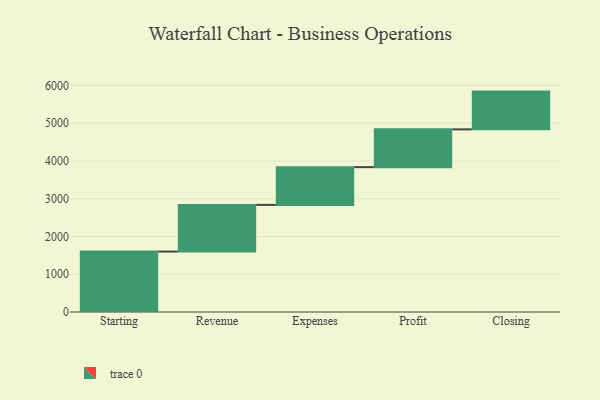
{"axis": {"x": "Step", "y": "Value"}, "legend": [""], "data": [{"x": "Starting", "y": 1600.0, "type": ""}, {"x": "Revenue", "y": 1236.0, "type": ""}, {"x": "Expenses", "y": 1000, "type": ""}, {"x": "Profit", "y": 1000, "type": ""}, {"x": "Closing", "y": 1000, "type": ""}]}